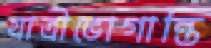
যাত্রীভোগান্তি